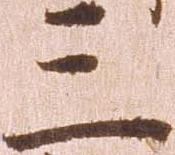
三